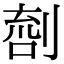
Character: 𠞌